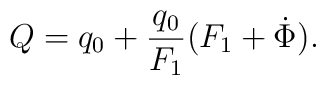
Q = q_0 + \frac{q_0}{F_1}(F_1 + \dot \Phi).